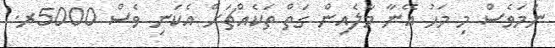
ނަމަވެސް މި މަހު އޭނާ މާލެއިން ގަތް ތަކެއްޗަށް އެކަނި ވެސް 5000ރ.